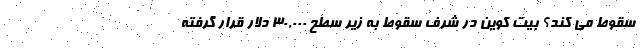
سقوط می کند؟ بیت کوین در شرف سقوط به زیر سطح ۳۰,۰۰۰ دلار قرار گرفته